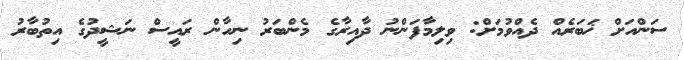
ސަންއަށް ޚަބަރެއް ދެއްވުމަށް: ވިލިމާފަންނު ދާއިރާގެ މެންބަރު ނިހާން ރައީސް ނަޝީދުގެ އިތުބާރު